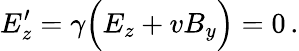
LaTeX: E_{z}^{\prime}=\gamma\Big(E_{z}+vB_{y}\Big)=0\, .